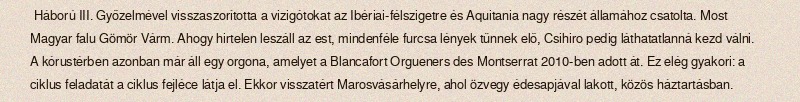
Háború III. Győzelmével visszaszorította a vizigótokat az Ibériai-félszigetre és Aquitania nagy részét államához csatolta. Most Magyar falu Gömör Várm. Ahogy hirtelen leszáll az est, mindenféle furcsa lények tűnnek elő, Csihiro pedig láthatatlanná kezd válni. A kórustérben azonban már áll egy orgona, amelyet a Blancafort Orgueners des Montserrat 2010-ben adott át. Ez elég gyakori: a ciklus feladatát a ciklus fejléce látja el. Ekkor visszatért Marosvásárhelyre, ahol özvegy édesapjával lakott, közös háztartásban.